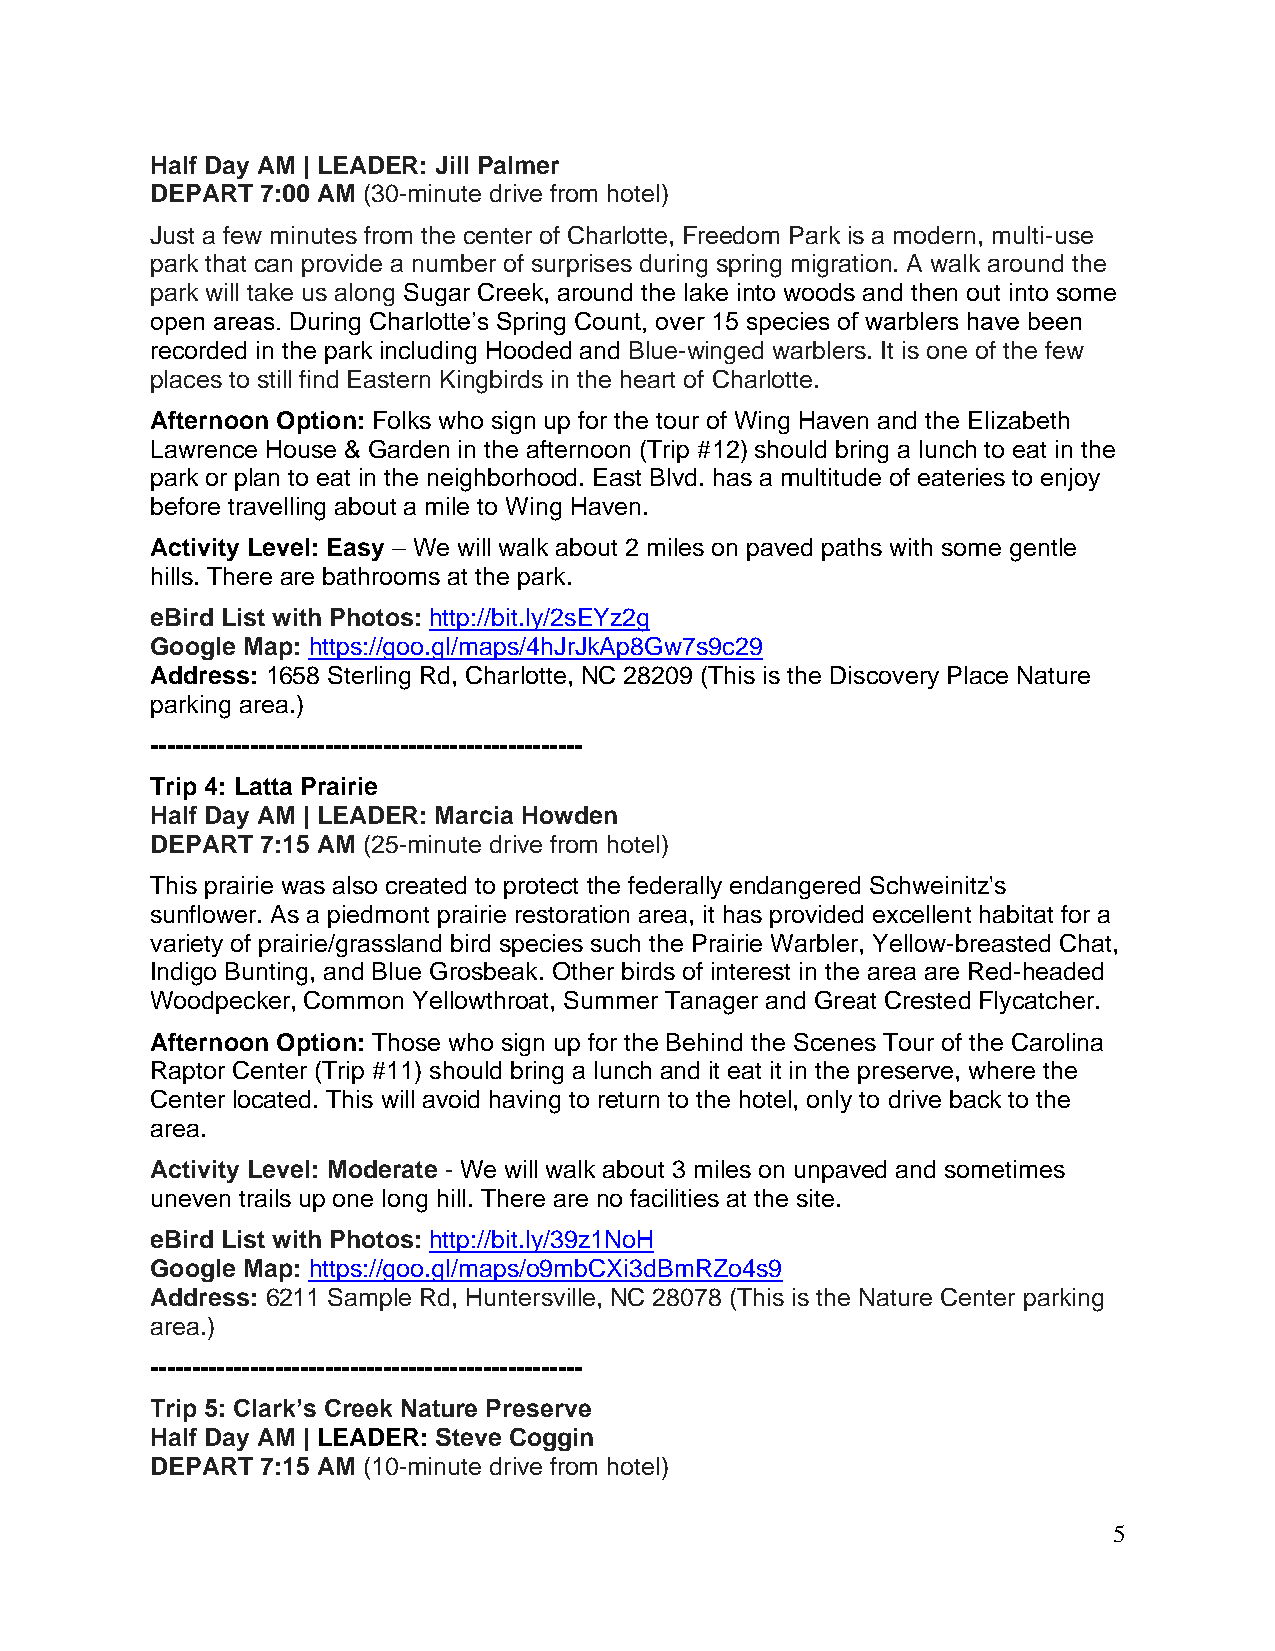
Half Day AM | LEADER: Jill Palmer
 DEPART 7:00 AM (30-minute drive from hotel)
 Just a few minutes from the center of Charlotte, Freedom Park is a modern, multi-use
 park that can provide a number of surprises during spring migration. A walk around the
 park will take us along Sugar Creek, around the lake into woods and then out into some
 open areas. During Charlotte’s Spring Count, over 15 species of warblers have been
 recorded in the park including Hooded and Blue-winged warblers. It is one of the few
 places to still find Eastern Kingbirds in the heart of Charlotte.
 Afternoon Option: Folks who sign up for the tour of Wing Haven and the Elizabeth
 Lawrence House & Garden in the afternoon (Trip #12) should bring a lunch to eat in the
 park or plan to eat in the neighborhood. East Blvd. has a multitude of eateries to enjoy
 before travelling about a mile to Wing Haven.
 Activity Level: Easy – We will walk about 2 miles on paved paths with some gentle
 hills. There are bathrooms at the park.
 eBird List with Photos: http://bit.ly/2sEYz2g
 Google Map: https://goo.gl/maps/4hJrJkAp8Gw7s9c29
 Address: 1658 Sterling Rd, Charlotte, NC 28209 (This is the Discovery Place Nature
 parking area.)
 ----------------------------------------------------
 Trip 4: Latta Prairie
 Half Day AM | LEADER: Marcia Howden
 DEPART 7:15 AM (25-minute drive from hotel)
 This prairie was also created to protect the federally endangered Schweinitz's
 sunflower. As a piedmont prairie restoration area, it has provided excellent habitat for a
 variety of prairie/grassland bird species such the Prairie Warbler, Yellow-breasted Chat,
 Indigo Bunting, and Blue Grosbeak. Other birds of interest in the area are Red-headed
 Woodpecker, Common Yellowthroat, Summer Tanager and Great Crested Flycatcher.
 Afternoon Option: Those who sign up for the Behind the Scenes Tour of the Carolina
 Raptor Center (Trip #11) should bring a lunch and it eat it in the preserve, where the
 Center located. This will avoid having to return to the hotel, only to drive back to the
 area.
 Activity Level: Moderate - We will walk about 3 miles on unpaved and sometimes
 uneven trails up one long hill. There are no facilities at the site.
 eBird List with Photos: http://bit.ly/39z1NoH
 Google Map: https://goo.gl/maps/o9mbCXi3dBmRZo4s9
 Address: 6211 Sample Rd, Huntersville, NC 28078 (This is the Nature Center parking
 area.)
 ----------------------------------------------------
 Trip 5: Clark’s Creek Nature Preserve
 Half Day AM | LEADER: Steve Coggin
 DEPART 7:15 AM (10-minute drive from hotel)
 5